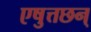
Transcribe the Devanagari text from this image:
एषुत्तछन्